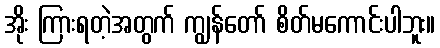
အိုး ကြားရတဲ့အတွက် ကျွန်တော် စိတ်မကောင်းပါဘူး။